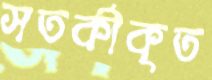
সতর্কীকৃত